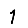
Digit: 1